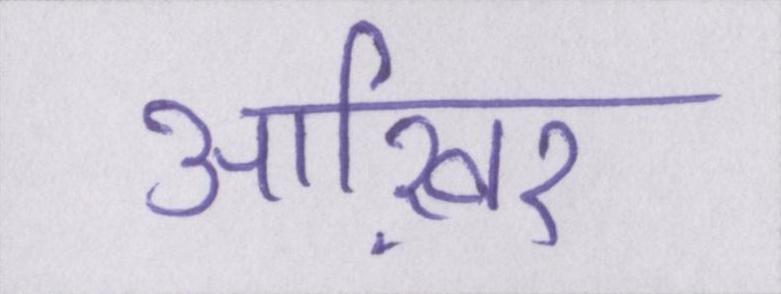
आख़िर